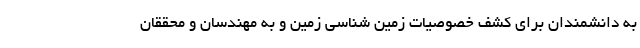
به دانشمندان برای کشف خصوصیات زمین شناسی زمین و به مهندسان و محققان